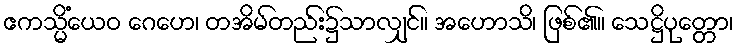
ဧကသ္မိံယေဝ ဂေဟေ၊ တအိမ်တည်း၌သာလျှင်။ အဟောသိ၊ ဖြစ်၏။ သေဋ္ဌိပုတ္တော၊